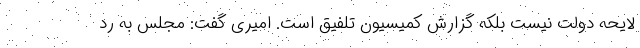
لایحه دولت نیست بلکه گزارش کمیسیون تلفیق است. امیری گفت: مجلس به رد